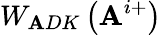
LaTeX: W_{\mathbf{A}DK}\left(\mathbf{A}^{i+}\right)